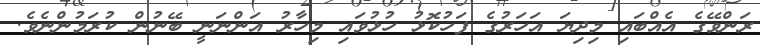
ރަންވޭގެ އެއްބައި މިދިޔަ އަހަރުގެ ފަހުކޮޅު ހުޅުވައި މިހާރު އަންނަނީ ބޭނުން ކުރަމުންނެވެ.